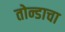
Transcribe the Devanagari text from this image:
तोन्डाचा